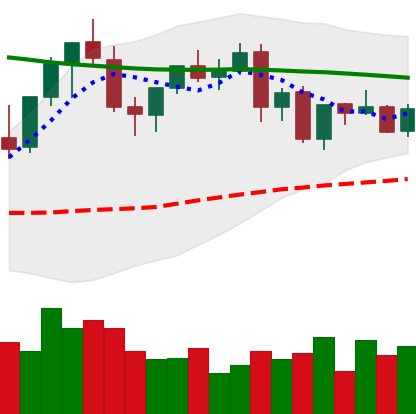
Ticker: EOS-USD
Chart end date: 2021-08-31
Forward return: 24.772%
Label: up_7plus